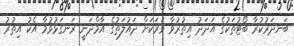
ބަނދަރުކުރާ ބޯޓުތަކުގެ އަދަދު އިތުރުވާ ވަރަކަށް ދައުލަތުގެ އާމްދަނީ ރަނގަޅުވުމާ އެކު އިތުރު